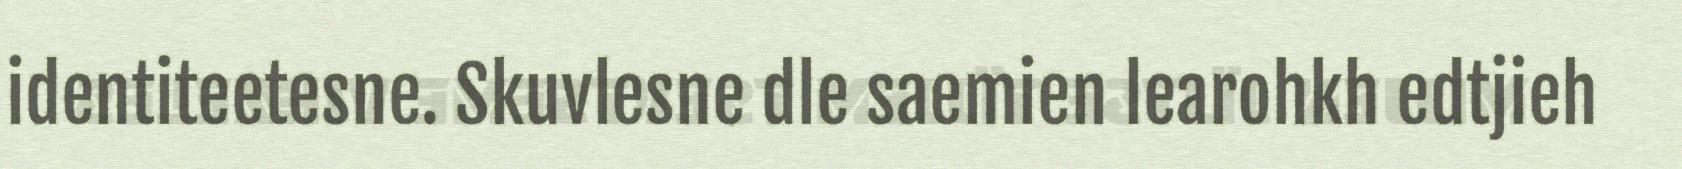
identiteetesne. Skuvlesne dle saemien learohkh edtjieh